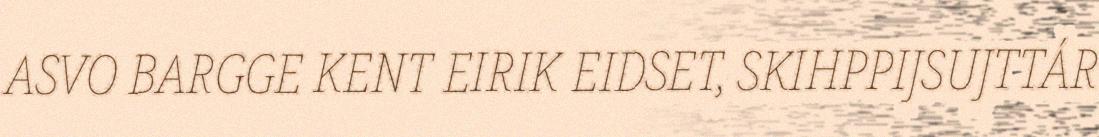
ASVO BARGGE KENT EIRIK EIDSET, SKIHPPIJSUJTTÁR